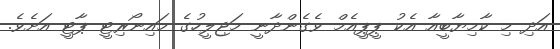
އަދި މި ކާމިޔާބީއާ އެކު ޕީޕީއެމް ވެގެންދާނީ މަޖިލީހުގެ މައިނޯރިޓީ ޕާޓީ އަށެވެ.